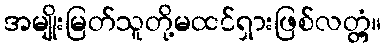
အမျိုးမြတ်သူတို့မထင်ရှားဖြစ်လတ္တံ့။